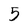
Character: 5